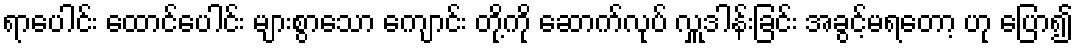
ရာပေါင်း ထောင်ပေါင်း များစွာသော ကျောင်း တို့ကို ဆောက်လုပ် လှူဒါန်းခြင်း အခွင့်မရတော့ ဟု ပြော၍